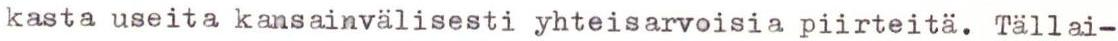
kasta useita kansainvälisesti yhteisarvoisia piirteitä. Tällai-